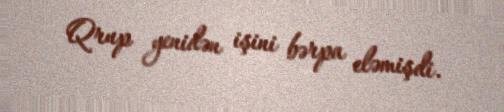
Qrup yenidən işini bərpa eləmişdi.